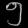
Digit: ၅